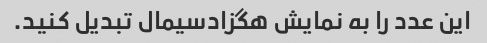
این عدد را به نمایش هگزادسیمال تبدیل کنید.